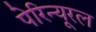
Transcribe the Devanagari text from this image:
पेरिन्यूरल